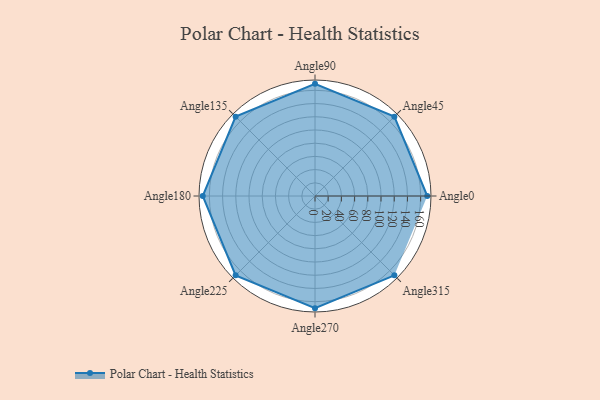
{"axis": {"x": "Angle", "y": "Radius"}, "legend": [""], "data": [{"x": "Angle0", "y": 170, "type": ""}, {"x": "Angle45", "y": 170, "type": ""}, {"x": "Angle90", "y": 170, "type": ""}, {"x": "Angle135", "y": 170, "type": ""}, {"x": "Angle180", "y": 170, "type": ""}, {"x": "Angle225", "y": 170, "type": ""}, {"x": "Angle270", "y": 170, "type": ""}, {"x": "Angle315", "y": 170, "type": ""}]}